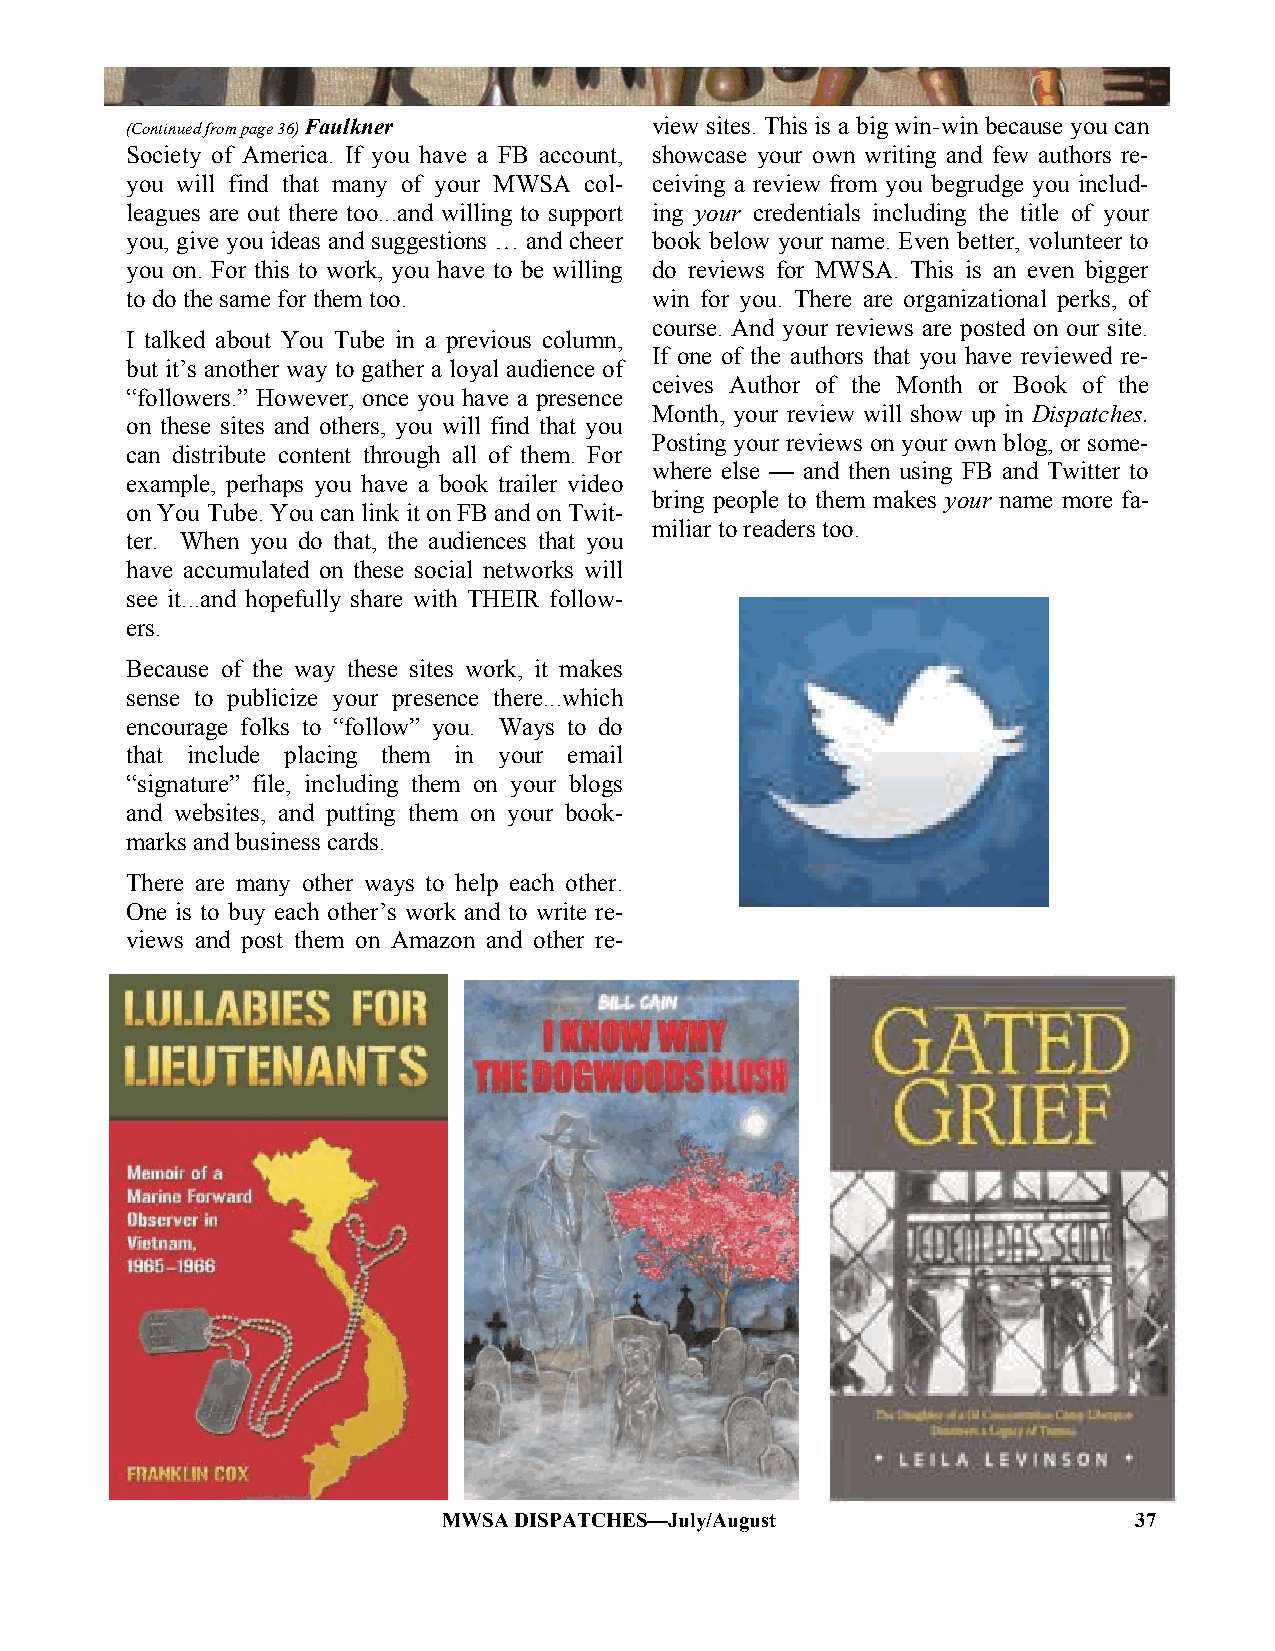
(Con tinued from page 36) Faulkner view sites. This is a big win-win because you can
 Society of America. If you have a FB account, showcase your own writing and few authors re-
 you will find that many of your MWSA col- ceiving a review from you begrudge you includ-
 leagues are out there too...and willing to support ing your credentials including the title of your
 you, give you ideas and suggestions … and cheer book below your name. Even better, volunteer to
 you on. For this to work, you have to be willing do reviews for MWSA. This is an even bigger
 to do the same for them too.       win for you. There are organizational perks, of
 course. And your reviews are posted on our site.
 I talked about You Tube in a previous column,
 If one of the authors that you have reviewed re-
 but it‘s another way to gather a loyal audience of
 ceives Author of the Month or Book of the
 ―followers.‖ However, once you have a presence
 Month, your review will show up in Dispatches.
 on these sites and others, you will find that you
 Posting your reviews on your own blog, or some-
 can distribute content through all of them. For
 where else — and then using FB and Twitter to
 example, perhaps you have a book trailer video
 bring people to them makes your name more fa-
 on You Tube. You can link it on FB and on Twit-
 miliar to readers too.
 ter. When you do that, the audiences that you
 have accumulated on these social networks will
 see it...and hopefully share with THEIR follow-
 ers.
 Because of the way these sites work, it makes
 sense to publicize your presence there...which
 encourage folks to ―follow‖ you. Ways to do
 that include placing them in your email
 ―signature‖ file, including them on your blogs
 and websites, and putting them on your book-
 marks and business cards.
 There are many other ways to help each other.
 One is to buy each other‘s work and to write re-
 views and post them on Amazon and other re-
 MWSA DISPATCHES—July/August                   37